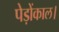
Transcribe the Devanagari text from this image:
पेड़ोंकाल।